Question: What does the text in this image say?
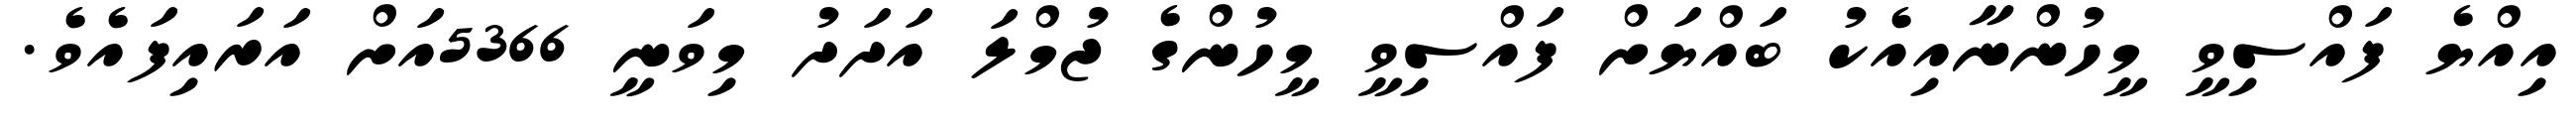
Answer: އިއްޔެ ފައްސިވީ މީހުންނާއިއެކު ބައްޔަށް ފައްސިވީ މީހުންގެ ޖުމްލަ އަދަދު މިވަނީ 5366އަށް އަރައިފައެވެ.